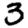
Digit: 3